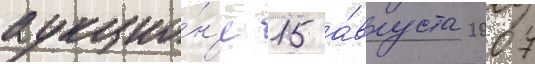
аукцио́н'е 15 а́вгуста 2007